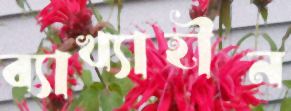
ব্যাখ্যাহীন